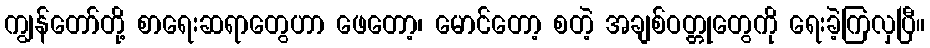
ကျွန်တော်တို့ စာရေးဆရာတွေဟာ ဖေတော့၊ မောင်တော့ စတဲ့ အချစ်ဝတ္တုတွေကို ရေးခဲ့ကြလှပြီ။